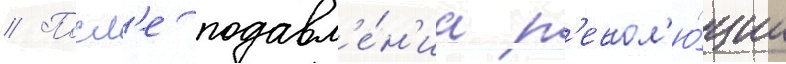
// Посл'е подавл'е́н'иа р'евол'ю́ции